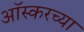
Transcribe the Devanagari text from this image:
आॅस्करच्या